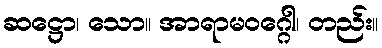
ဆဋ္ဌော၊ သော။ အာရာမဝဂ္ဂေါ၊ တည်း။